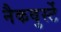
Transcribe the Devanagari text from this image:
नैकवुर्स्टे